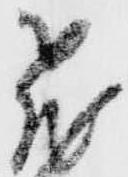
飛